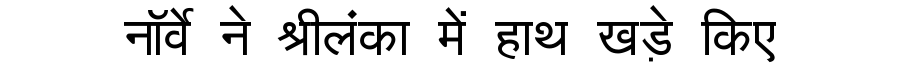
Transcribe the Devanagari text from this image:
नॉर्वे ने श्रीलंका में हाथ खड़े किए